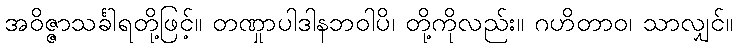
အဝိဇ္ဇာသင်္ခါရတို့ဖြင့်။ တဏှုာပါဒါနဘဝါပိ၊ တို့ကိုလည်း။ ဂဟိတာဝ၊ သာလျှင်။